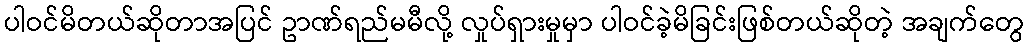
ပါဝင်မိတယ်ဆိုတာအပြင် ဥာဏ်ရည်မမီလို့ လှုပ်ရှားမှုမှာ ပါဝင်ခဲ့မိခြင်းဖြစ်တယ်ဆိုတဲ့ အချက်တွေ